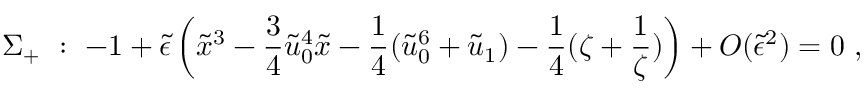
\Sigma _ { + } \ : \ - 1 + \tilde { \epsilon } \left( \tilde { x } ^ { 3 } - \frac { 3 } { 4 } \tilde { u } _ { 0 } ^ { 4 } \tilde { x } - \frac { 1 } { 4 } ( \tilde { u } _ { 0 } ^ { 6 } + \tilde { u } _ { 1 } ) - \frac { 1 } { 4 } ( \zeta + \frac { 1 } { \zeta } ) \right) + { \cal O } ( \tilde { \epsilon } ^ { 2 } ) = 0 \ ,